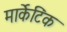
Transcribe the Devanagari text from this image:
मार्केटिंक